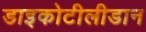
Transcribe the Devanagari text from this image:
डाइकोटीलीडान